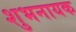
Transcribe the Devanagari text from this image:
शुभनायक